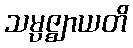
သမ္ပဇ္ဈာယတိ